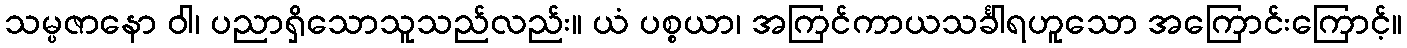
သမ္ပဇာနော ဝါ၊ ပညာရှိသောသူသည်လည်း။ ယံ ပစ္စယာ၊ အကြင်ကာယသင်္ခါရဟူသော အကြောင်းကြောင့်။